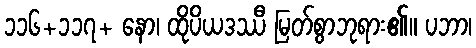
၁၁၆+၁၁၇+ နော၊ ထိုပိယဒဿီ မြတ်စွာဘုရား၏။ ပဘာ၊